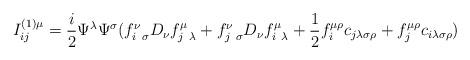
LaTeX: \begin{align*}I^{(1)\mu}_{ij} = {i\over 2}\Psi^\lambda \Psi^\sigma (f^\nu_{i~\sigma}D_\nu f^\mu_{j~\lambda} + f^\nu_{j~\sigma} D_\nu f^\mu_{i~\lambda}+ {1\over 2} f^{\mu\rho}_i c_{j\lambda\sigma\rho} + f^{\mu\rho}_j c_{i\lambda\sigma\rho} )\end{align*}